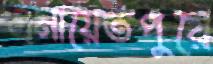
এনায়েতপুরে